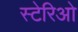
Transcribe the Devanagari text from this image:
स्टेरिओ